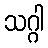
သဂ္ဂါ